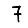
Digit: 7